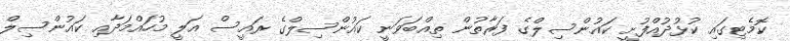
ކޮމެޓިގައި ކުޅުދުއްފުށީ ކައުންސިލްގެ ފަރާތުން ތިއްބަވަނީ ކައުންސިލްގެ ރައީސް އަލީ މުހައްމަދާއި ކައުންސިލް